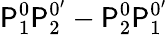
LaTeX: \mathsf{P}_{1}^{0}\mathsf{P}_{2}^{0^{\prime}}-\mathsf{P}_{2}^{0}\mathsf{P}_{1}^{0^{\prime}}